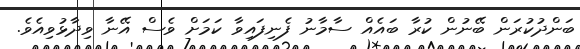
ބަންދުކުރަން ބޭނުން ކުރާ ބައެއް ސާމާނު ފެނިފައިވާ ކަމަށް ވެސް އޭނާ ވިދާޅުވިއެވެ.